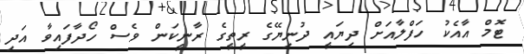
ޓޮމް އާއެކު ހަފްލާއަށް ދިޔައީ ދުނިޔޭގެ ރީތީގެ ރާނީކަން ވެސް ހޯދާފައިވާ އަދި